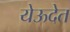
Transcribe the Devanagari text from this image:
येऊदेत